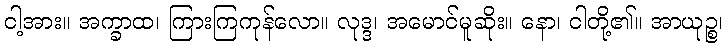
ငါ့အား။ အက္ခာထ၊ ကြားကြကုန်လော။ လုဒ္ဒ၊ အမောင်မူဆိုး။ နော၊ ငါတို့၏။ အာယုဉ္စ၊